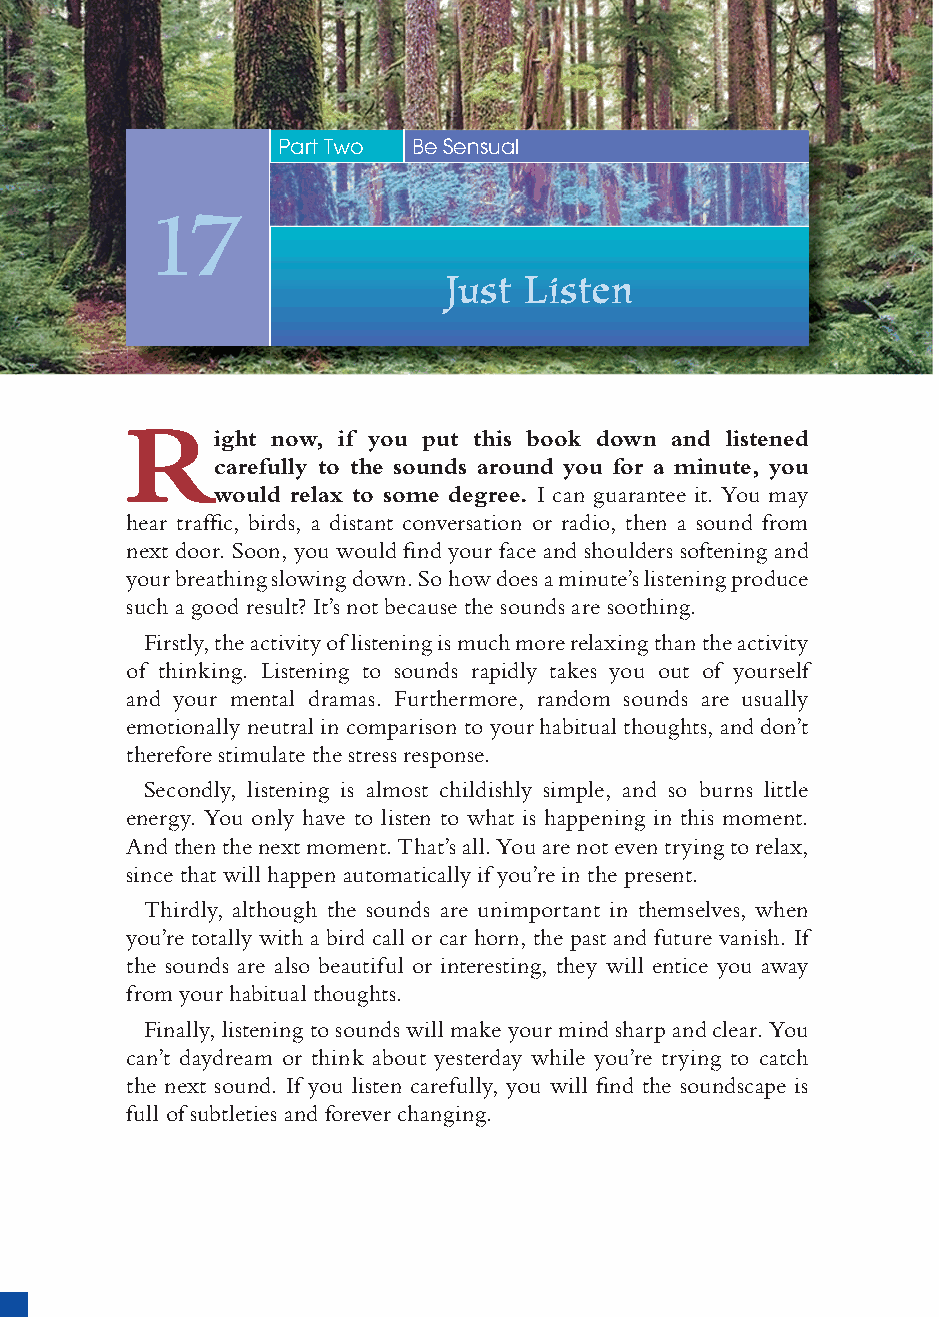
76
 Part Two Be Sensual
 17
 Just Listen
 R
 ight now, if you put this book down and listened
 carefully to the sounds around you for a minute, you
 would relax to some degree. I can guarantee it. You may
 hear traffi c, birds, a distant conversation or radio, then a sound from
 next door. Soon, you would fi nd your face and shoulders softening and
 your breathing slowing down. So how does a minute’s listening produce
 such a good result? It’s not because the sounds are soothing.
 Firstly, the activity of listening is much more relaxing than the activity
 of thinking. Listening to sounds rapidly takes you out of yourself
 and your mental dramas. Furthermore, random sounds are usually
 emotionally neutral in comparison to your habitual thoughts, and don’t
 therefore stimulate the stress response.
 Secondly, listening is almost childishly simple, and so burns little
 energy. You only have to listen to what is happening in this moment.
 And then the next moment. That’s all. You are not even trying to relax,
 since that will happen automatically if you’re in the present.
 Thirdly, although the sounds are unimportant in themselves, when
 you’re totally with a bird call or car horn, the past and future vanish. If
 the sounds are also beautiful or interesting, they will entice you away
 from your habitual thoughts.
 Finally, listening to sounds will make your mind sharp and clear. You
 can’t daydream or think about yesterday while you’re trying to catch
 the next sound. If you listen carefully, you will fi nd the soundscape is
 full of subtleties and forever changing.
 ffiivvee__220000667788..iinndddd SSeecc11::8800     3300//55//0055 55::0044::3311 PPMM